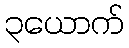
၃ယောက်